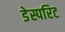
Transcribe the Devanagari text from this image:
डेस्परिट